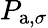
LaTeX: P_{\mathrm{a},\sigma}